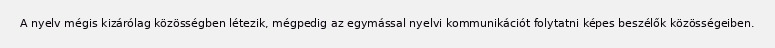
A nyelv mégis kizárólag közösségben létezik, mégpedig az egymással nyelvi kommunikációt folytatni képes beszélők közösségeiben.